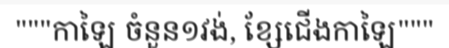
"""កាឡៃ ចំនួន១វង់, ខ្សែជើងកាឡៃ"""